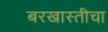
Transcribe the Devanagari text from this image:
बरखास्तीचा